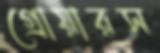
গ্রোয়ারস